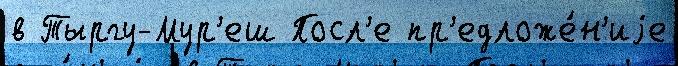
в Тыргу-Мур'еш Посл'е пр'едложе́н'иjе